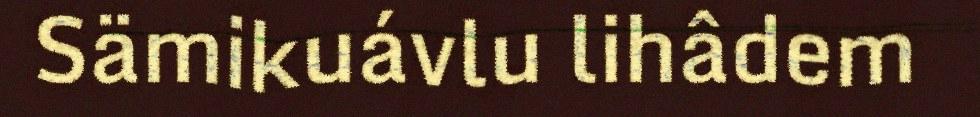
Sämikuávlu lihâdem